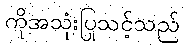
ကိုအသုံးပြုသင့်သည်